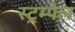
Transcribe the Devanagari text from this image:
स्ट्रम्पेल